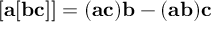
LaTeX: [ { \bf a } [ { \bf b c } ] ] = ( { \bf a c } ) { \bf b } - ( { \bf a b } ) { \bf c }